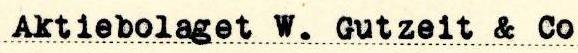
Aktiebolaget W. Gutzeit & Co